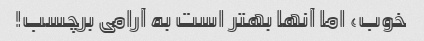
خوب، اما آنها بهتر است به آرامی برچسب!